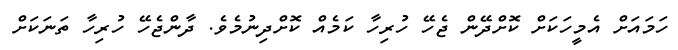
ހަމައަށް އެމީހަކަށް ކޮށްދޭން ޖެހޭ ހުރިހާ ކަމެއް ކޮށްދިނުމެވެ. ދާންޖެހޭ ހުރިހާ ތަނަކަށް